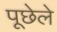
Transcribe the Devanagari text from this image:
पूछेले